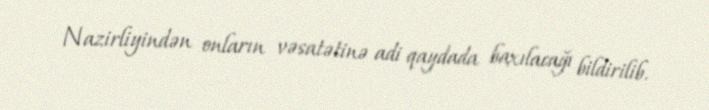
Nazirliyindən onların vəsatətinə adi qaydada baxılacağı bildirilib.